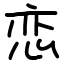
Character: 恋